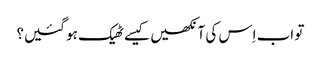
‏ تو اب اِس کی آنکھیں کیسے ٹھیک ہو گئیں؟